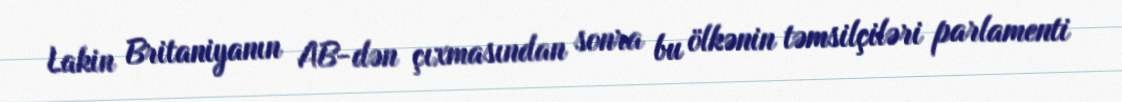
Lakin Britaniyanın AB-dən çıxmasından sonra bu ölkənin təmsilçiləri parlamenti